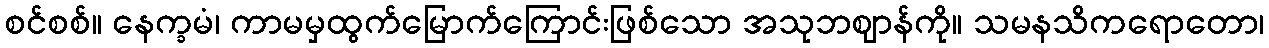
စင်စစ်။ နေက္ခမံ၊ ကာမမှထွက်မြောက်ကြောင်းဖြစ်သော အသုဘဈာန်ကို။ သမနသိကရောတော၊